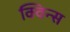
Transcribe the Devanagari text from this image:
क्विन्‍स